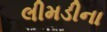
લીમડીના